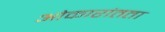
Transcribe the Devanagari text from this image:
ओकारांतता